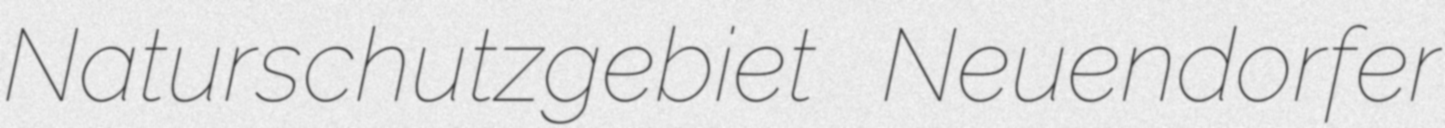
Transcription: Naturschutzgebiet Neuendorfer